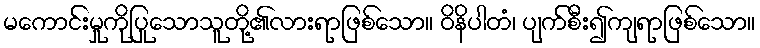
မကောင်းမှုကိုပြုသောသူတို့၏လားရာဖြစ်သော။ ဝိနိပါတံ၊ ပျက်စီး၍ကျရာဖြစ်သော။